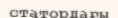
статордағы